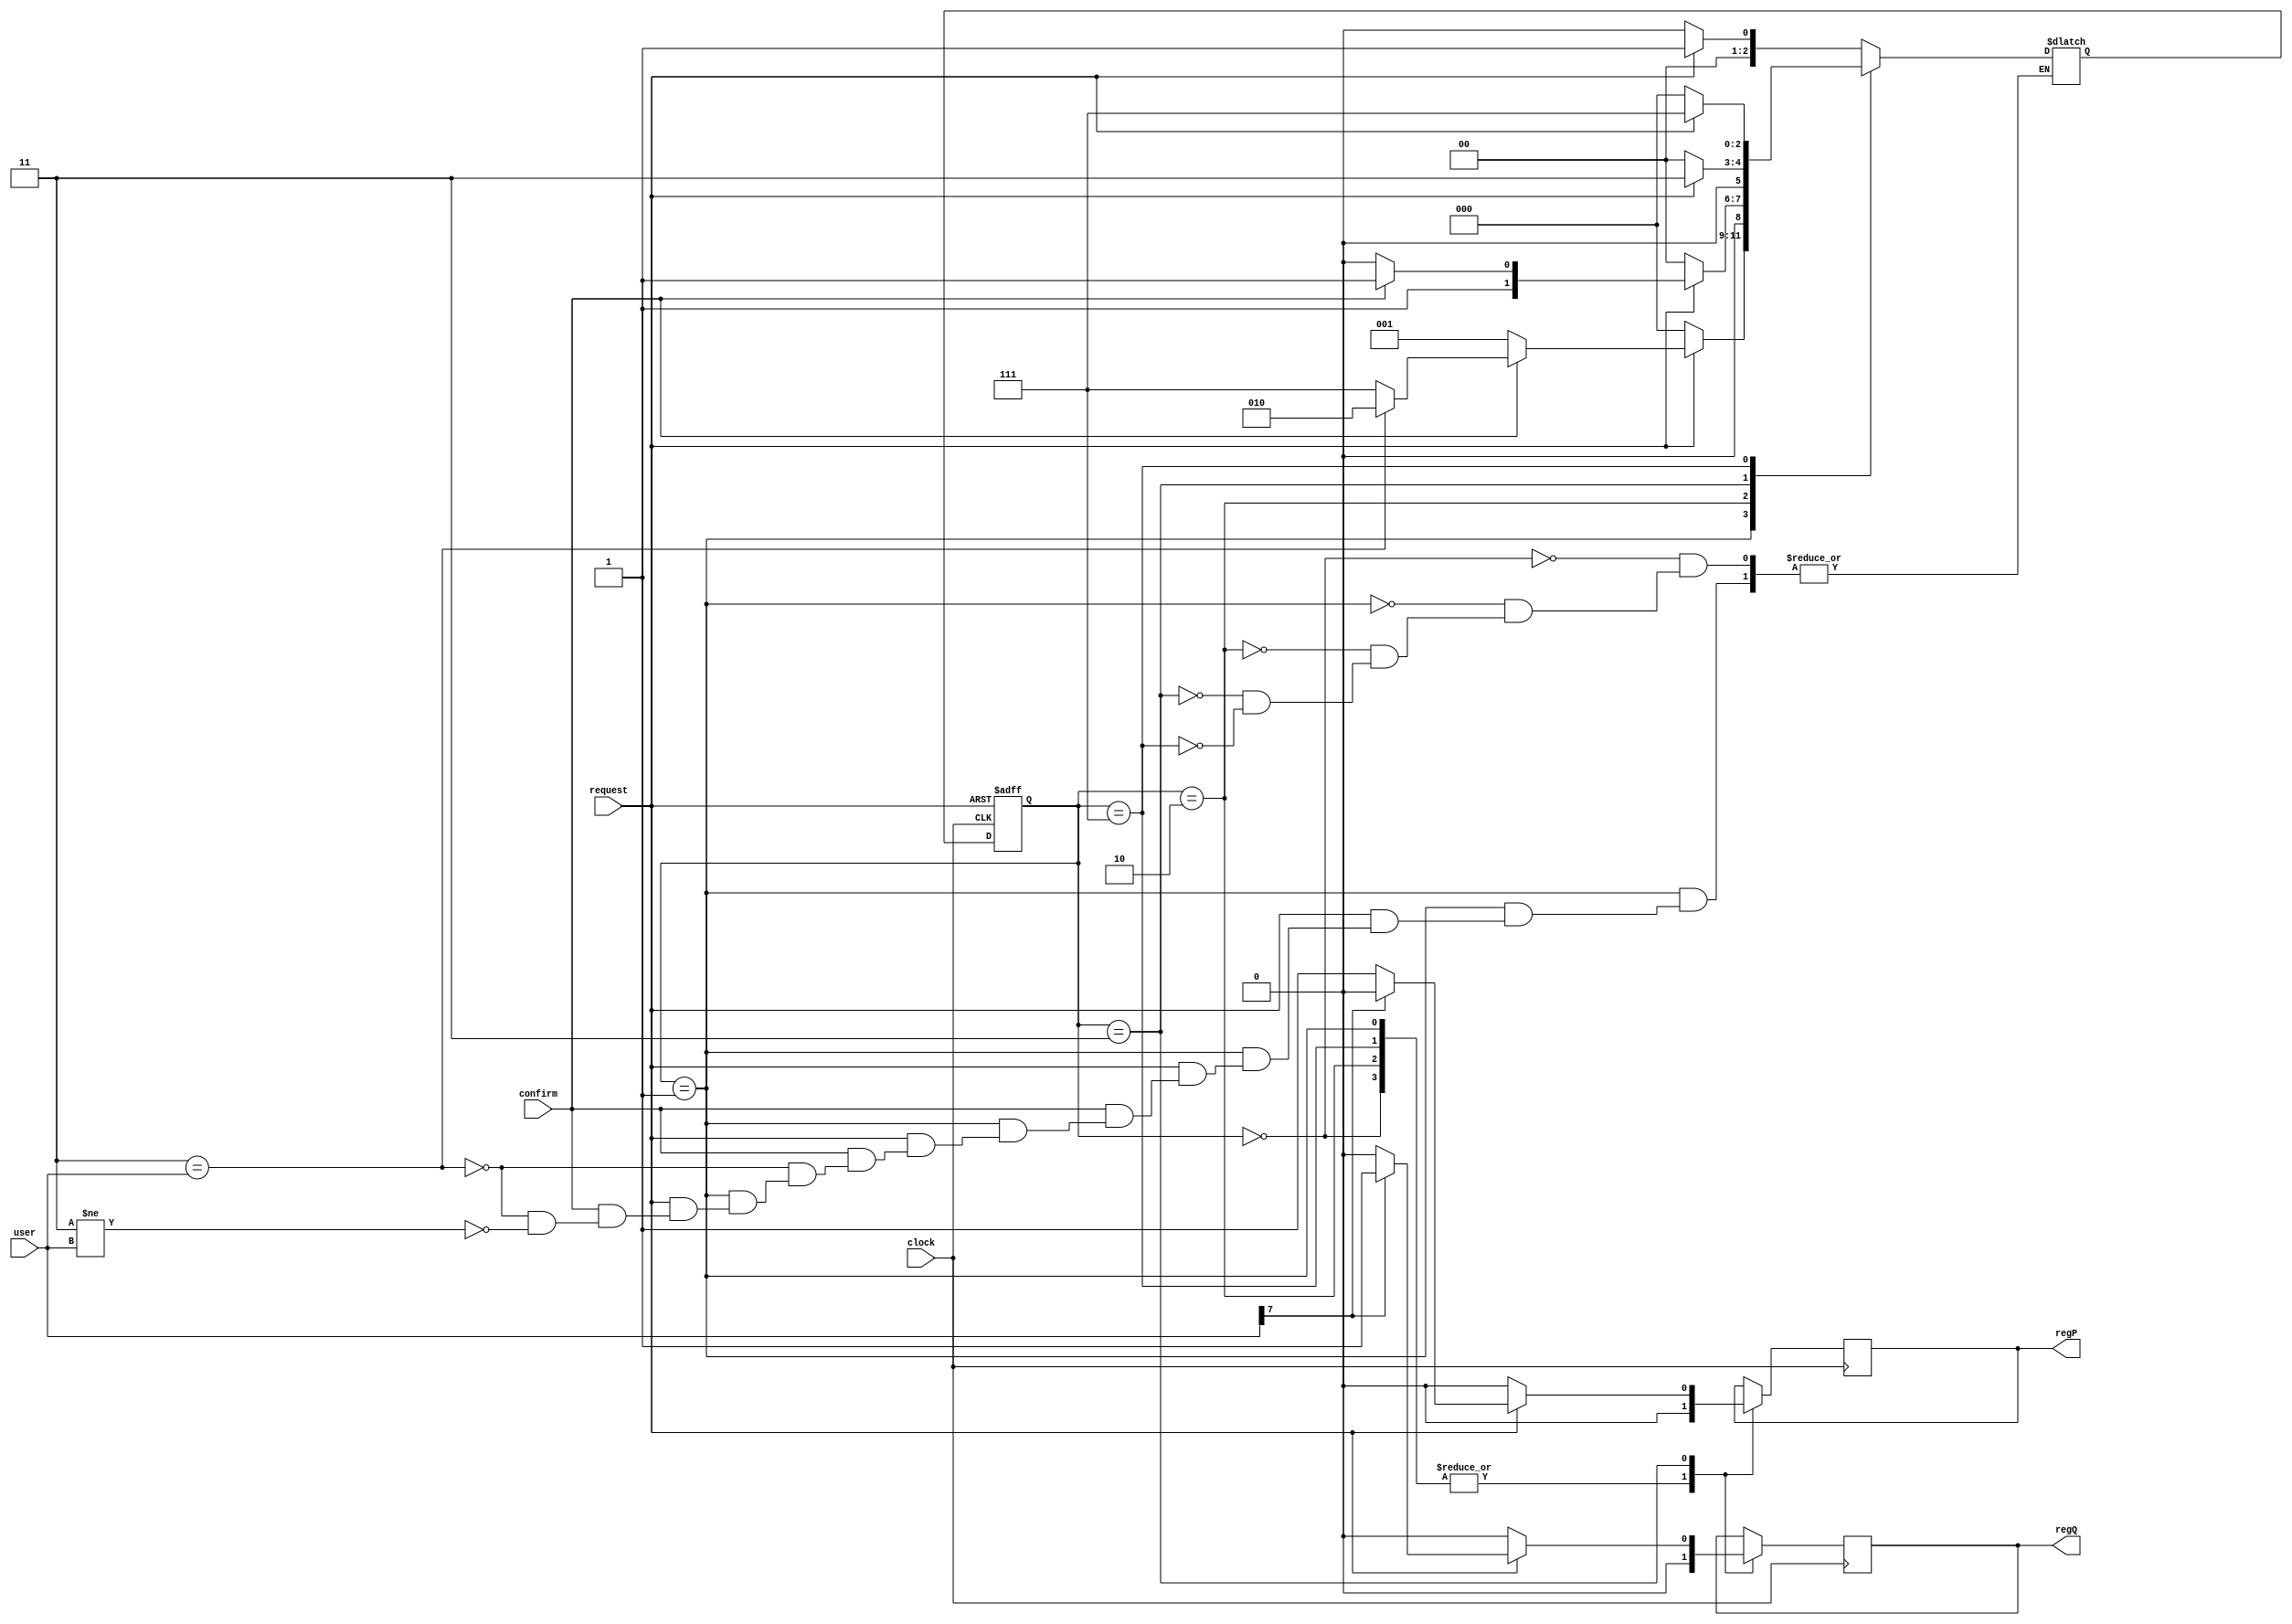
`timescale 1ns / 1ps
//////////////////////////////////////////////////////////////////////////////////
// Company: 
// Engineer: 
// 
// Design Name: 
// Module Name:    controller 
// Project Name: 
// Target Devices: 
// Tool versions: 
// Description: 
//
// Dependencies: 
//
// Revision: 
// Revision 0.01 - File Created
// Additional Comments: 
//
//////////////////////////////////////////////////////////////////////////////////
module controller(
input clock,
input request,
input confirm, 
input [7:0]user,
output reg regP , 
output reg regQ 
    );

wire [7:0] password;
assign password = 8'b0000011;

parameter 
A = 3'b000,
B = 3'b001,
C= 3'b010,
D = 3'b011,
E=3'b111;

reg [2:0] present_state;
reg [2:0]next_state;

initial
	begin
		present_state=A;
		next_state=A;
	end
		
initial
      $monitor("request=%b confirm = %b , user = %b,password=%b,  present_state= %b next_state= %b regP= %b,reqQ= %b user[7]=%b time = %0d", 
               request, confirm , user ,password,present_state,next_state,regP,regQ,user[7], $time);
always @ (posedge clock or negedge request)
		if(~request) present_state=A;
		else present_state=next_state;


always @ (request or confirm or user)
		case (present_state)
		
			A : 
					if(request)	next_state = B;
					else 		next_state = A;
					
			B : 
					if(~request)								next_state = A;
					else if(~confirm) 					next_state = B;
					else if(password == user)	next_state = C;
               else if(password != user)	next_state = E;
			C :
					if(~request) next_state =A;  
					else if (~confirm) next_state = C;  
               else if (confirm) next_state = D;  
		
			D :
					if(~request) next_state = A; 
					else next_state = D; 
					
			E :
					if(~request) next_state = A; 
					else next_state = E; 
			
		endcase
		
always @ (posedge clock)///in D state can be change again?present state
		case (present_state)
			A: 
				begin  
					regP=1'b0 ;  
					regQ=1'b0 ;
				end
				
         B: 
				begin 
					regP=1'b0 ;  
					regQ=1'b0 ;
				end
				
         C: 
				begin 
					regP=1'b0 ;  
					regQ=1'b0 ;
				end
				
         E: 
				begin 
					regP=1'b0 ;  
					regQ=1'b0 ;
				end
				
         D: 
				begin 
				if(~request)
					begin
						regP=1'b0 ;  
						regQ=1'b0 ;
					end
				else
					begin
						if (user[7] == 1'b0) 
							begin 
								regP=1'b1 ;  
								regQ=1'b0 ;
							end
						
						else 
							begin 
								regP=1'b0 ;  
								regQ=1'b1 ;
                    end
					end
				end
		endcase
endmodule